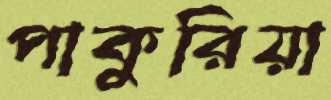
পাকুরিয়া